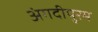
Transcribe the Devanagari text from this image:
अंगदीपुरम